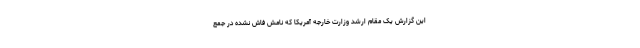
این گزارش یک مقام ارشد وزارت خارجه آمریکا که نامش فاش نشده در جمع